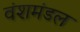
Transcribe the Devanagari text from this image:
वंशमंडल